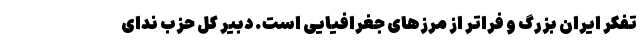
تفکر ایران بزرگ و فراتر از مرزهای جغرافیایی است. دبیر کل حزب ندای